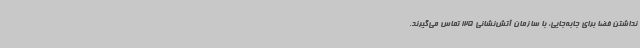
نداشتن فضا برای جابه‌جایی، با سازمان آتش‌نشانی 125 تماس می‌گیرند.